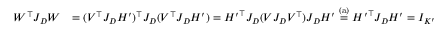
\begin{array} { r l } { W ^ { \top } J _ { D } W } & { = ( V ^ { \top } J _ { D } H ^ { \prime } ) ^ { \top } J _ { D } ( V ^ { \top } J _ { D } H ^ { \prime } ) = { H ^ { \prime } } ^ { \top } J _ { D } ( V J _ { D } V ^ { \top } ) J _ { D } H ^ { \prime } \stackrel { \mathrm { ( a ) } } { = } { H ^ { \prime } } ^ { \top } J _ { D } H ^ { \prime } = I _ { K ^ { \prime } } } \end{array}